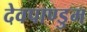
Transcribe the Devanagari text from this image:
देवपाण्डुम